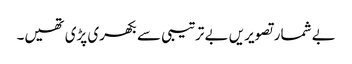
بے شمار تصویریں بے ترتیبی سے بکھری پڑی تھیں۔